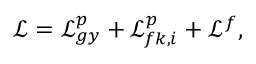
\mathcal { L } = \mathcal { L } _ { g y } ^ { p } + \mathcal { L } _ { f k , i } ^ { p } + \mathcal { L } ^ { f } ,